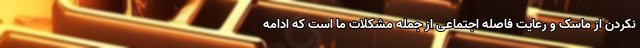
نکردن از ماسک و رعایت فاصله اجتماعی از جمله مشکلات ما است که ادامه